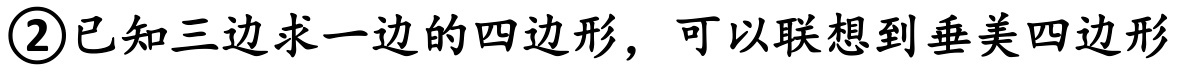
\textcircled{2}已知三边求一边的四边形，可以联想到垂美四边形